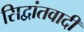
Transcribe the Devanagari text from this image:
सिद्वांतवादी